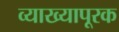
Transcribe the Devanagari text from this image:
व्याख्यापूरक